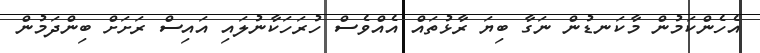
އެހެންކަމުން މާކަނޑުން ނަގާ ބިޔަ ރާޅުތައް އެއްވެސް ހުރަހަކާނުލައި އައިސް ރަށަށް ބިންދަމުން